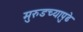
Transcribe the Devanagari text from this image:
मुरुडच्यापुढे